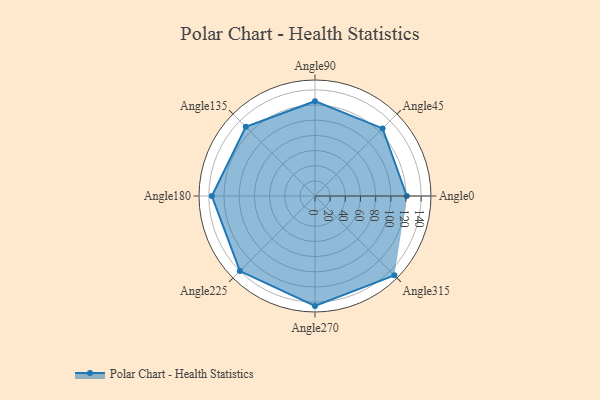
{"axis": {"x": "Angle", "y": "Radius"}, "legend": [""], "data": [{"x": "Angle0", "y": 121.0, "type": ""}, {"x": "Angle45", "y": 126.0, "type": ""}, {"x": "Angle90", "y": 125.0, "type": ""}, {"x": "Angle135", "y": 129.0, "type": ""}, {"x": "Angle180", "y": 136.0, "type": ""}, {"x": "Angle225", "y": 140.0, "type": ""}, {"x": "Angle270", "y": 145.0, "type": ""}, {"x": "Angle315", "y": 148.0, "type": ""}]}